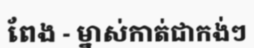
ពែង - ម្នាស់កាត់ជាកង់ៗ